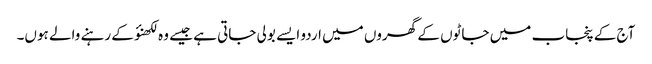
آج کے پنجاب میں جاٹوں کے گھروں میں اردو ایسے بولی جاتی ہے جیسے وہ لکھنؤ کے رہنے والے ہوں۔